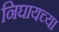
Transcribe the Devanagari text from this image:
निघायच्या